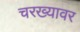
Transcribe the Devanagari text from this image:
चरख्यावर